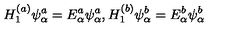
H _ { 1 } ^ { ( a ) } \psi _ { \alpha } ^ { a } = E _ { \alpha } ^ { a } \psi _ { \alpha } ^ { a } , H _ { 1 } ^ { ( b ) } \psi _ { \alpha } ^ { b } = E _ { \alpha } ^ { b } \psi _ { \alpha } ^ { b }